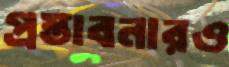
প্রস্তাবনারও